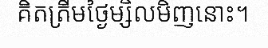
គិតត្រឹមថ្ងៃម្សិលមិញនោះ។